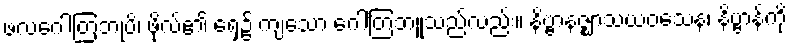
ဖလဂေါတြဘုပိ၊ ဖိုလ်၏ ရှေ့၌ ကျသော ဂေါတြဘူသည်လည်း။ နိဗ္ဗာနဇ္ဈာသယဝသေန၊ နိဗ္ဗာန်ကို